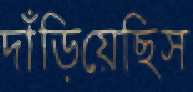
দাঁড়িয়েছিস